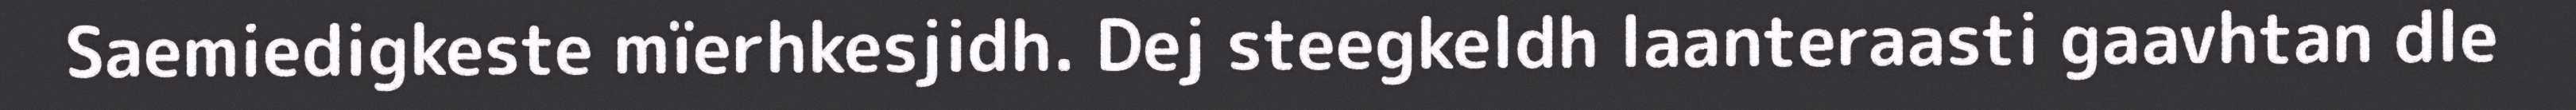
Saemiedigkeste mïerhkesjidh. Dej steegkeldh laanteraasti gaavhtan dle